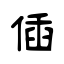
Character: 偛